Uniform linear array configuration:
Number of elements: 4
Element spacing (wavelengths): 0.75
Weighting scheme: blackman
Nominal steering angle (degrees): -60
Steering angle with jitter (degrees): -58.756
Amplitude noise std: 0.05
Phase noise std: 0.05

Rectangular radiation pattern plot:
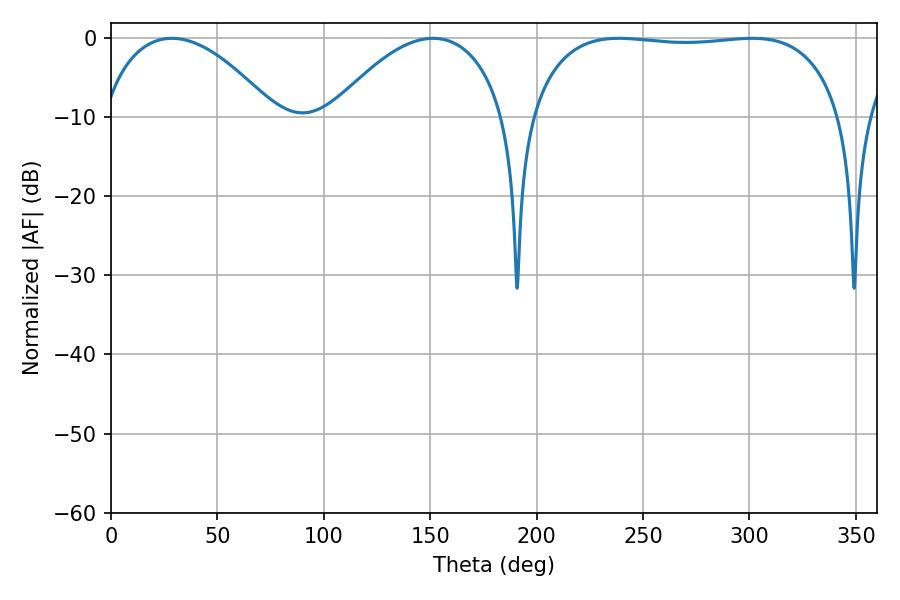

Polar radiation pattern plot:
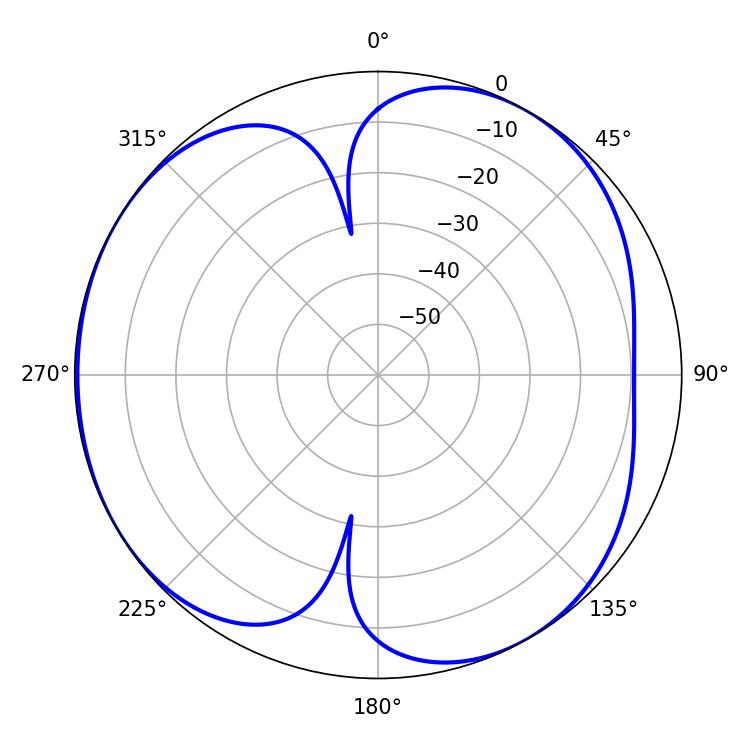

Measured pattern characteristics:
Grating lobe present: TRUE
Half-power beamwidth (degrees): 117
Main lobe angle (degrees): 238.68